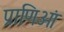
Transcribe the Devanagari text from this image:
प्राणिओं